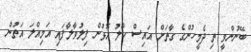
ބޭނުންވީ ތި ދެމީހުންގެ ގާތަށް އައިސް ހާލު އޮޅުން ފިލުވާލާފައި އަމިއްލަ އަތުން